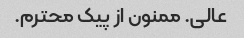
عالی. ممنون از پیک محترم.